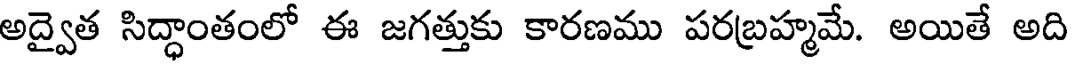
అద్వైత సిద్ధాంతంలో ఈ జగత్తుకు కారణము పరబ్రహ్మమే. అయితే అది